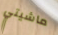
ماشيتي